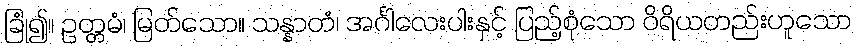
ခြုံ၍။ ဥတ္တမံ၊ မြတ်သော။ သန္နာတံ၊ အင်္ဂါလေးပါးနှင့် ပြည့်စုံသော ဝိရိယတည်းဟူသော